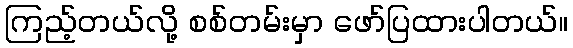
ကြည့်တယ်လို့ စစ်တမ်းမှာ ဖော်ပြထားပါတယ်။